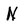
Character: N